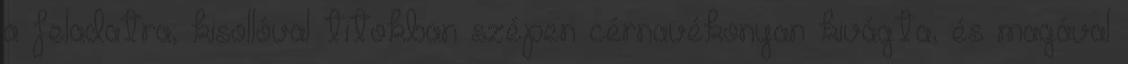
a feladatra, kisollóval titokban szépen cérnavékonyan kivágta, és magával